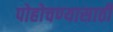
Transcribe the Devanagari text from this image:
पोहोचण्‍यासाठी